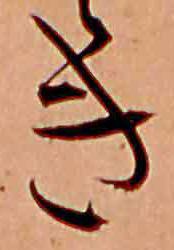
き